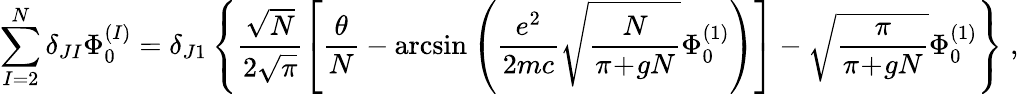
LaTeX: \sum_{I=2}^{N}\delta_{JI}\Phi_{0}^{(I)}=\delta_{J1}\left\{ \frac{\sqrt{N}}{2\sqrt{\pi}}\left[\frac{\theta}{N}-\arcsin\left(\frac{e^{2}}{2mc}\sqrt{\frac{N}{\pi\! +\! gN}}\Phi_{0}^{(1)}\right)\right]-\sqrt{\frac{\pi}{\pi\! +\! gN}}\Phi_{0}^{(1)}\right\} \; ,